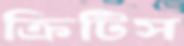
ক্রিটিস